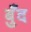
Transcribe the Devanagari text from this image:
बुँद